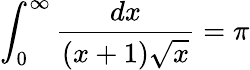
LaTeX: \int_{0}^{\infty}{\frac{dx}{(x+1){\sqrt{x}}}}=\pi